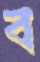
ব